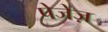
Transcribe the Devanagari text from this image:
पेजेज़